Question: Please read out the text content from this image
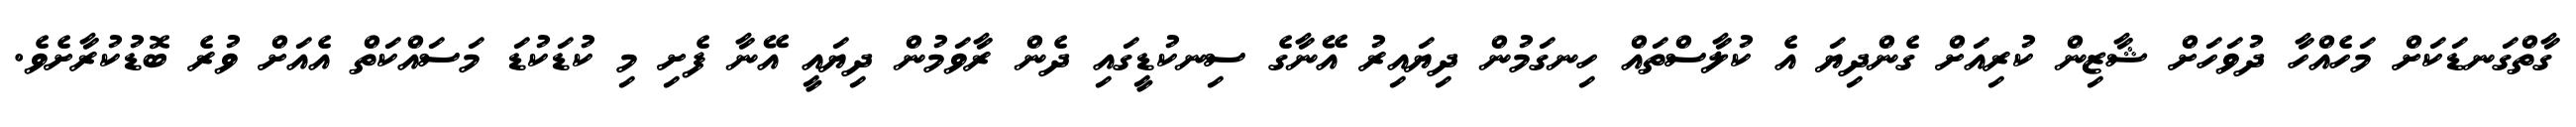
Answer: ގާތްގަނޑަކަށް މަހެއްހާ ދުވަހަށް ޝާޒިން ކުރިއަށް ގެންދިޔަ އެ ކުލާސްތައް ހިނގަމުން ދިޔައިރު އޭނާގެ ސިނކުޑީގައި ދެން ރާވަމުން ދިޔައީ އޭނާ ފެށި މި ކުޑަކުޑަ މަސައްކަތް އެއަށް ވުރެ ބޮޑުކުރާށެވެ.